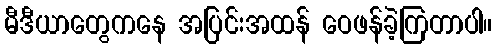
မီဒီယာတွေကနေ အပြင်းအထန် ဝေဖန်ခဲ့ကြတာပါ။